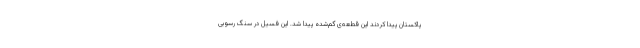
پاکستان پیدا کردند این قطعه‌ی گم‌شده پیدا شد. این فسیل در سنگ رسوبی